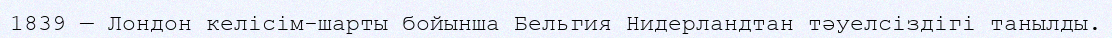
1839 — Лондон келісім-шарты бойынша Бельгия Нидерландтан тәуелсіздігі танылды.